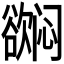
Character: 𬅳